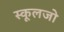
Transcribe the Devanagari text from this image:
स्कूलजो